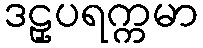
ဒဠှပရက္ကမာ